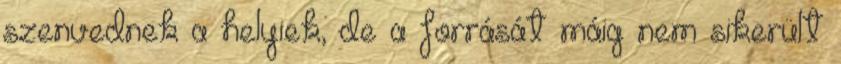
szenvednek a helyiek, de a forrását máig nem sikerült